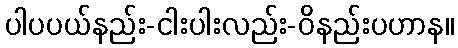
ပါပပယ်နည်း-ငါးပါးလည်း-ဝိနည်းပဟာန။